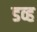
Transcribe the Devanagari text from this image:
डव्ह